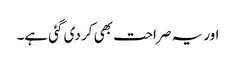
اور یہ صراحت بھی کر دی گئی ہے۔